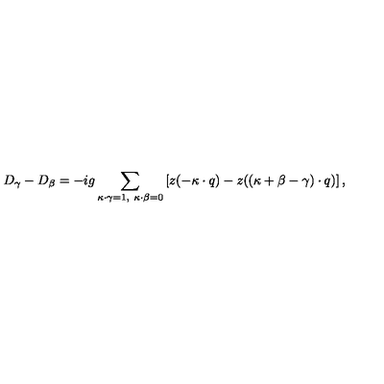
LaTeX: D _ { \gamma } - D _ { \beta } = - i g \sum _ { \kappa \cdot \gamma = 1 , \ \kappa \cdot \beta = 0 } \left[ z ( - \kappa \cdot q ) - z ( ( \kappa + \beta - \gamma ) \cdot q ) \right] ,